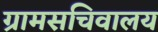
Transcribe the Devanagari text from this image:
ग्रामसचिवालय